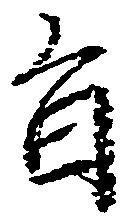
旨